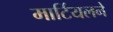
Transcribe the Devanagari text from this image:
मार्टियलने